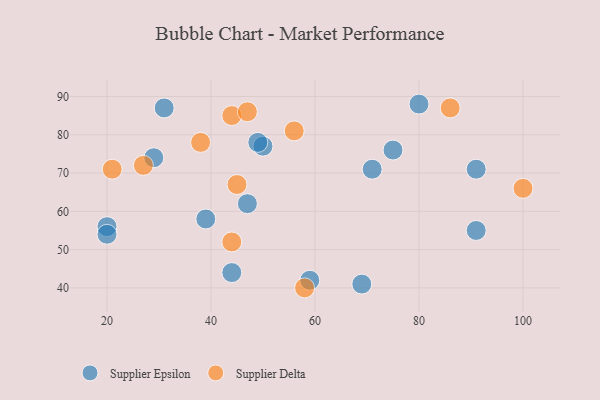
{"axis": {"x": "GDP", "y": "Life Expectancy"}, "legend": ["Supplier Delta", "Supplier Epsilon"], "data": [{"x": "29", "y": 74, "type": "Supplier Epsilon"}, {"x": "20", "y": 56, "type": "Supplier Epsilon"}, {"x": "44", "y": 44, "type": "Supplier Epsilon"}, {"x": "47", "y": 62, "type": "Supplier Epsilon"}, {"x": "71", "y": 71, "type": "Supplier Epsilon"}, {"x": "91", "y": 55, "type": "Supplier Epsilon"}, {"x": "69", "y": 41, "type": "Supplier Epsilon"}, {"x": "80", "y": 88, "type": "Supplier Epsilon"}, {"x": "20", "y": 54, "type": "Supplier Epsilon"}, {"x": "59", "y": 42, "type": "Supplier Epsilon"}, {"x": "39", "y": 58, "type": "Supplier Epsilon"}, {"x": "31", "y": 87, "type": "Supplier Epsilon"}, {"x": "50", "y": 77, "type": "Supplier Epsilon"}, {"x": "91", "y": 71, "type": "Supplier Epsilon"}, {"x": "75", "y": 76, "type": "Supplier Epsilon"}, {"x": "49", "y": 78, "type": "Supplier Epsilon"}, {"x": "21", "y": 71, "type": "Supplier Delta"}, {"x": "44", "y": 85, "type": "Supplier Delta"}, {"x": "100", "y": 66, "type": "Supplier Delta"}, {"x": "86", "y": 87, "type": "Supplier Delta"}, {"x": "58", "y": 40, "type": "Supplier Delta"}, {"x": "44", "y": 52, "type": "Supplier Delta"}, {"x": "45", "y": 67, "type": "Supplier Delta"}, {"x": "38", "y": 78, "type": "Supplier Delta"}, {"x": "47", "y": 86, "type": "Supplier Delta"}, {"x": "56", "y": 81, "type": "Supplier Delta"}, {"x": "27", "y": 72, "type": "Supplier Delta"}]}